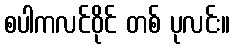
စပါကလင်ဝိုင် တစ် ပုလင်း။